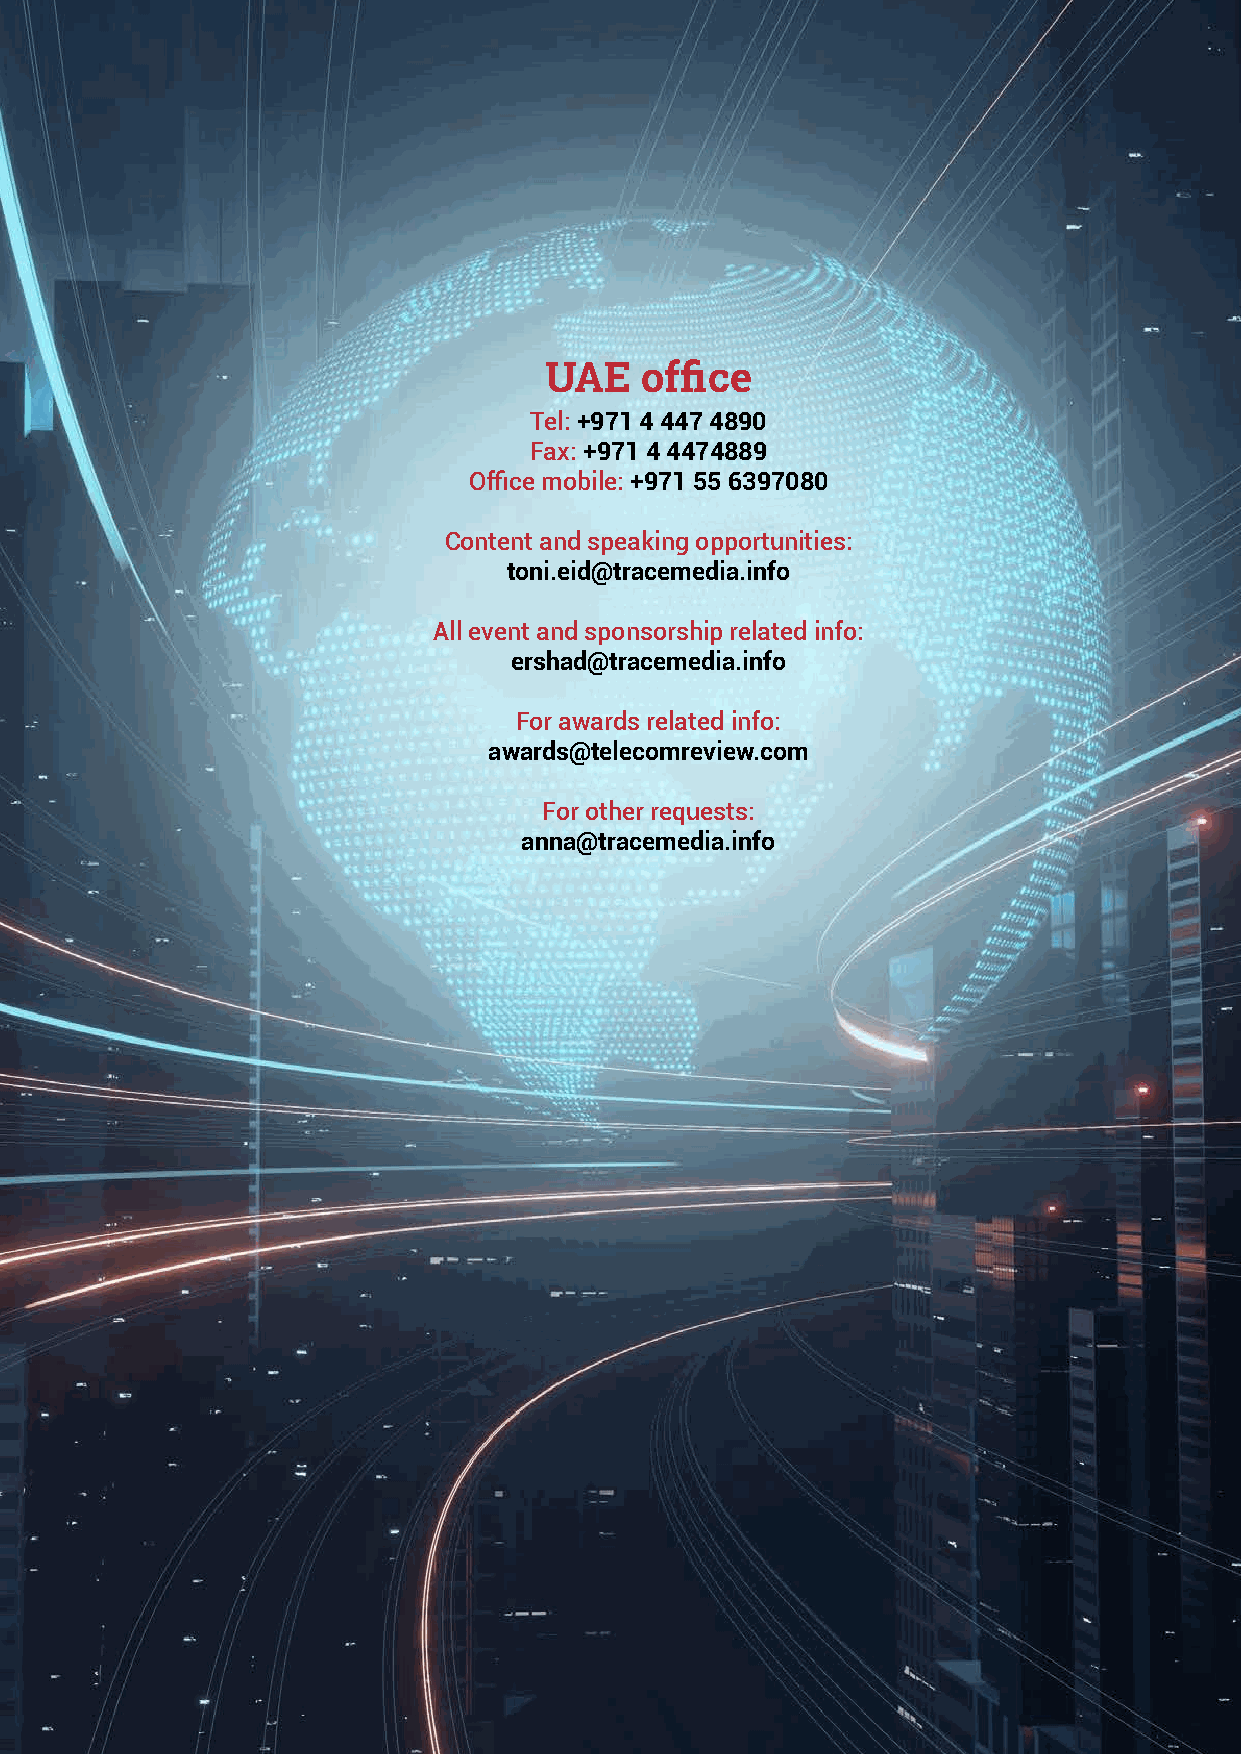
UAE   office
 Tel: +971 4 447 4890
 Fax: +971 4 4474889
 Office mobile: +971 55 6397080
 Content and speaking opportunities:
 toni.eid@tracemedia.info
 All event and sponsorship related info:
 ershad@tracemedia.info
 For awards related info:
 awards@telecomreview.com
 For other requests:
 anna@tracemedia.info